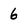
Character: 6